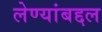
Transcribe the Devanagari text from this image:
लेण्यांबद्दल